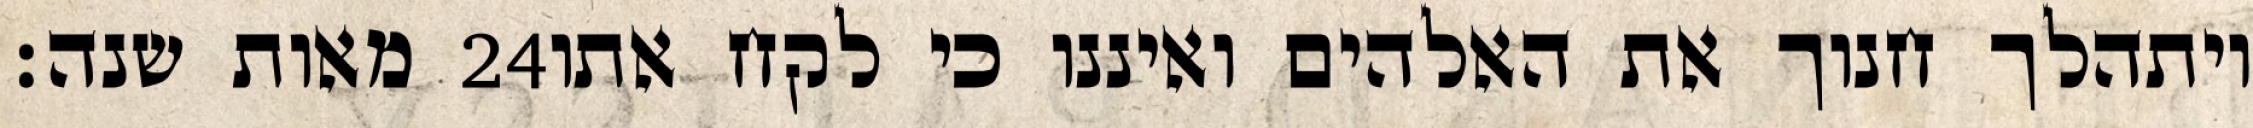
מאות שנה׃ ‎24‏ ויתהלך חנוך את האלהים ואיננו כי לקח אתו